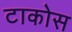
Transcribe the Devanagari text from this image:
टाकोस